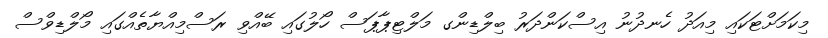
މިކަމަށްޓަކައި މިއަދު ހެނދުނު އިސްކަންދަރު ބިލްޑިންގ މަލްޓިޕާޕަސް ހޯލުގައި ބޭއްވި ރަސްމިއްޔާތެއްގައި މޯލްޑިވްސް